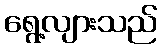
ရွေ့လျားသည်